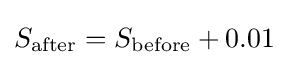
S_{\text{after}}=S_{\text{before}}+0.01